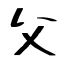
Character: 父